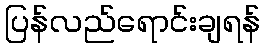
ပြန်လည်ရောင်းချရန်